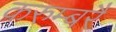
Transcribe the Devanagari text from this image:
करुम्बरै